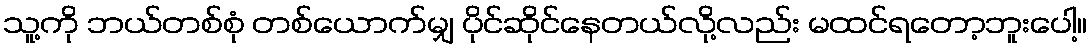
သူ့ကို ဘယ်တစ်စုံ တစ်ယောက်မျှ ပိုင်ဆိုင်နေတယ်လို့လည်း မထင်ရတော့ဘူးပေါ့။